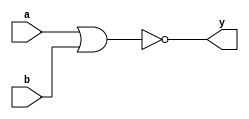
// nor2 - 

// 
module nor2_1(y,a,b);
input a,b;
output y;
nor(y,a,b);
endmodule

// case
module nor2_2(y,a,b);
input a,b;
output y;
reg y;
always @(a,b) begin
    case ({a,b})
    2'b00: y <= 1;
    2'b01: y <= 0;
    2'b10: y <= 0;
    2'b11: y <= 0;
    default: y <='bx;
    endcase
end
endmodule